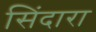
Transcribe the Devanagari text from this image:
सिंदारा